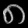
Digit: ၈